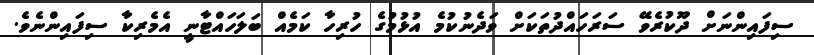
ސިފައިންނަށް ދޫކުރެވޭ ސަރަހައްދުތަކަށް ވަދެނުކުމެ އުޅުމުގެ ހުރިހާ ކަމެއް ބަލަހައްޓާނީ އެމެރިކާ ސިފައިންނެވެ.